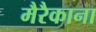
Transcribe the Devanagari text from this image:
मैरैकाना